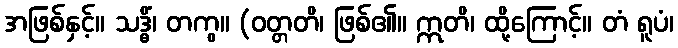
အဖြစ်နှင့်။ သဒ္ဓိံ၊ တကွ။ (ဝတ္တတိ၊ ဖြစ်၏။ ဣတိ၊ ထို့ကြောင့်။ တံ ရူပံ၊